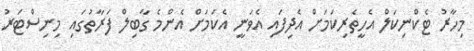
މިހާރު ޓެކްނިކަލް އެހީތެރިކަމަށް އެދިފައި އެވަނީ އެކަމަށް އެންމެ ގާބިލް ފަރާތުގައި މިނިސްޓަރު